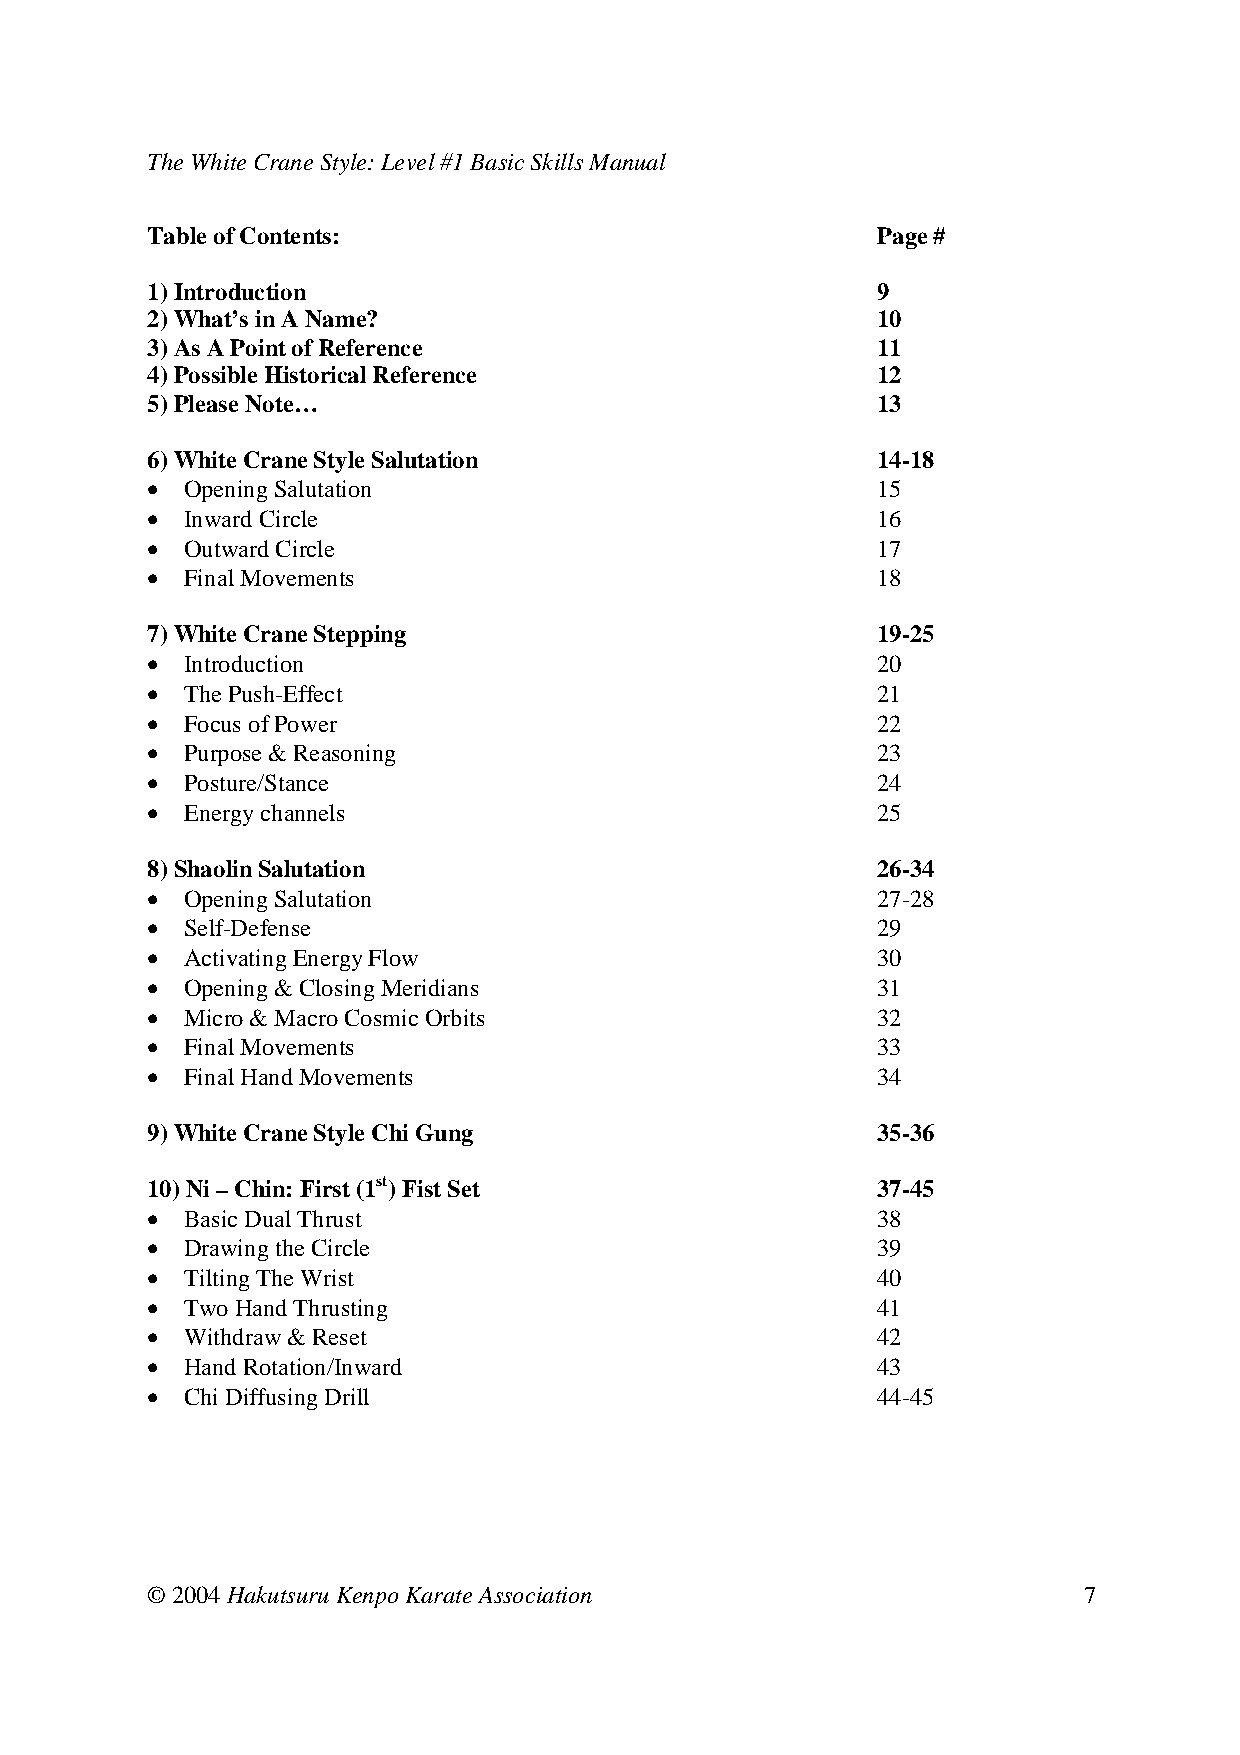
The White Crane Style: Level #1 Basic Skills Manual
 Table of Contents:                        Page #
 1) Introduction                         9
 2) What’s in A Name?                    10
 3) As A Point of Reference                 11
 4) Possible Historical Reference          12
 5) Please Note…                          13
 6) White Crane Style Salutation           14-18
 • Opening Salutation                    15
 • Inward Circle                          16
 • Outward Circle                          17
 • Final Movements                          18
 7) White Crane Stepping                   19-25
 • Introduction                          20
 • The Push-Effect                          21
 • Focus of Power                          22
 • Purpose & Reasoning                    23
 • Posture/Stance                          24
 • Energy channels                          25
 8) Shaolin Salutation                       26-34
 • Opening Salutation                    27-28
 • Self-Defense                          29
 • Activating Energy Flow                   30
 • Opening & Closing Meridians             31
 • Micro & Macro Cosmic Orbits             32
 • Final Movements                          33
 • Final Hand Movements                    34
 9) White Crane Style Chi Gung             35-36
 10) Ni – Chin: First (1st) Fist Set       37-45
 • Basic Dual Thrust                         38
 • Drawing the Circle                    39
 • Tilting The Wrist                        40
 • Two Hand Thrusting                     41
 • Withdraw & Reset                          42
 • Hand Rotation/Inward                    43
 • Chi Diffusing Drill                   44-45
 © 2004 Hakutsuru Kenpo Karate Association                     7